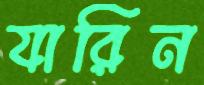
যারিন